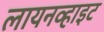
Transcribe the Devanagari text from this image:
लायनव्हाइट